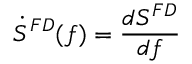
\dot { S } ^ { F D } ( f ) = \frac { d S ^ { F D } } { d f }